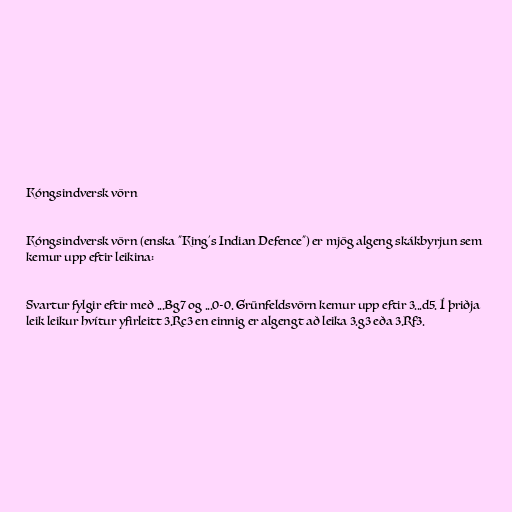
Kóngsindversk vörn

Kóngsindversk vörn (enska "King's Indian Defence") er mjög algeng skákbyrjun sem
kemur upp eftir leikina:

Svartur fylgir eftir með ...Bg7 og ...0-0. Grünfeldsvörn kemur upp eftir 3...d5. Í þriðja
leik leikur hvítur yfirleitt 3.Rc3 en einnig er algengt að leika 3.g3 eða 3.Rf3.